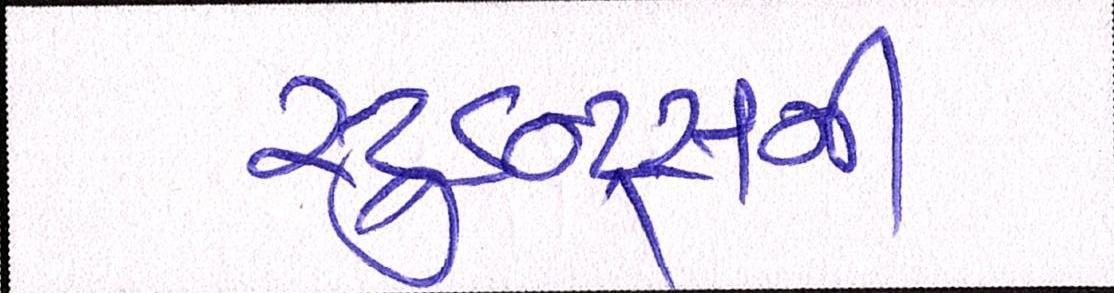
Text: સ્ટુડન્ટ્સની